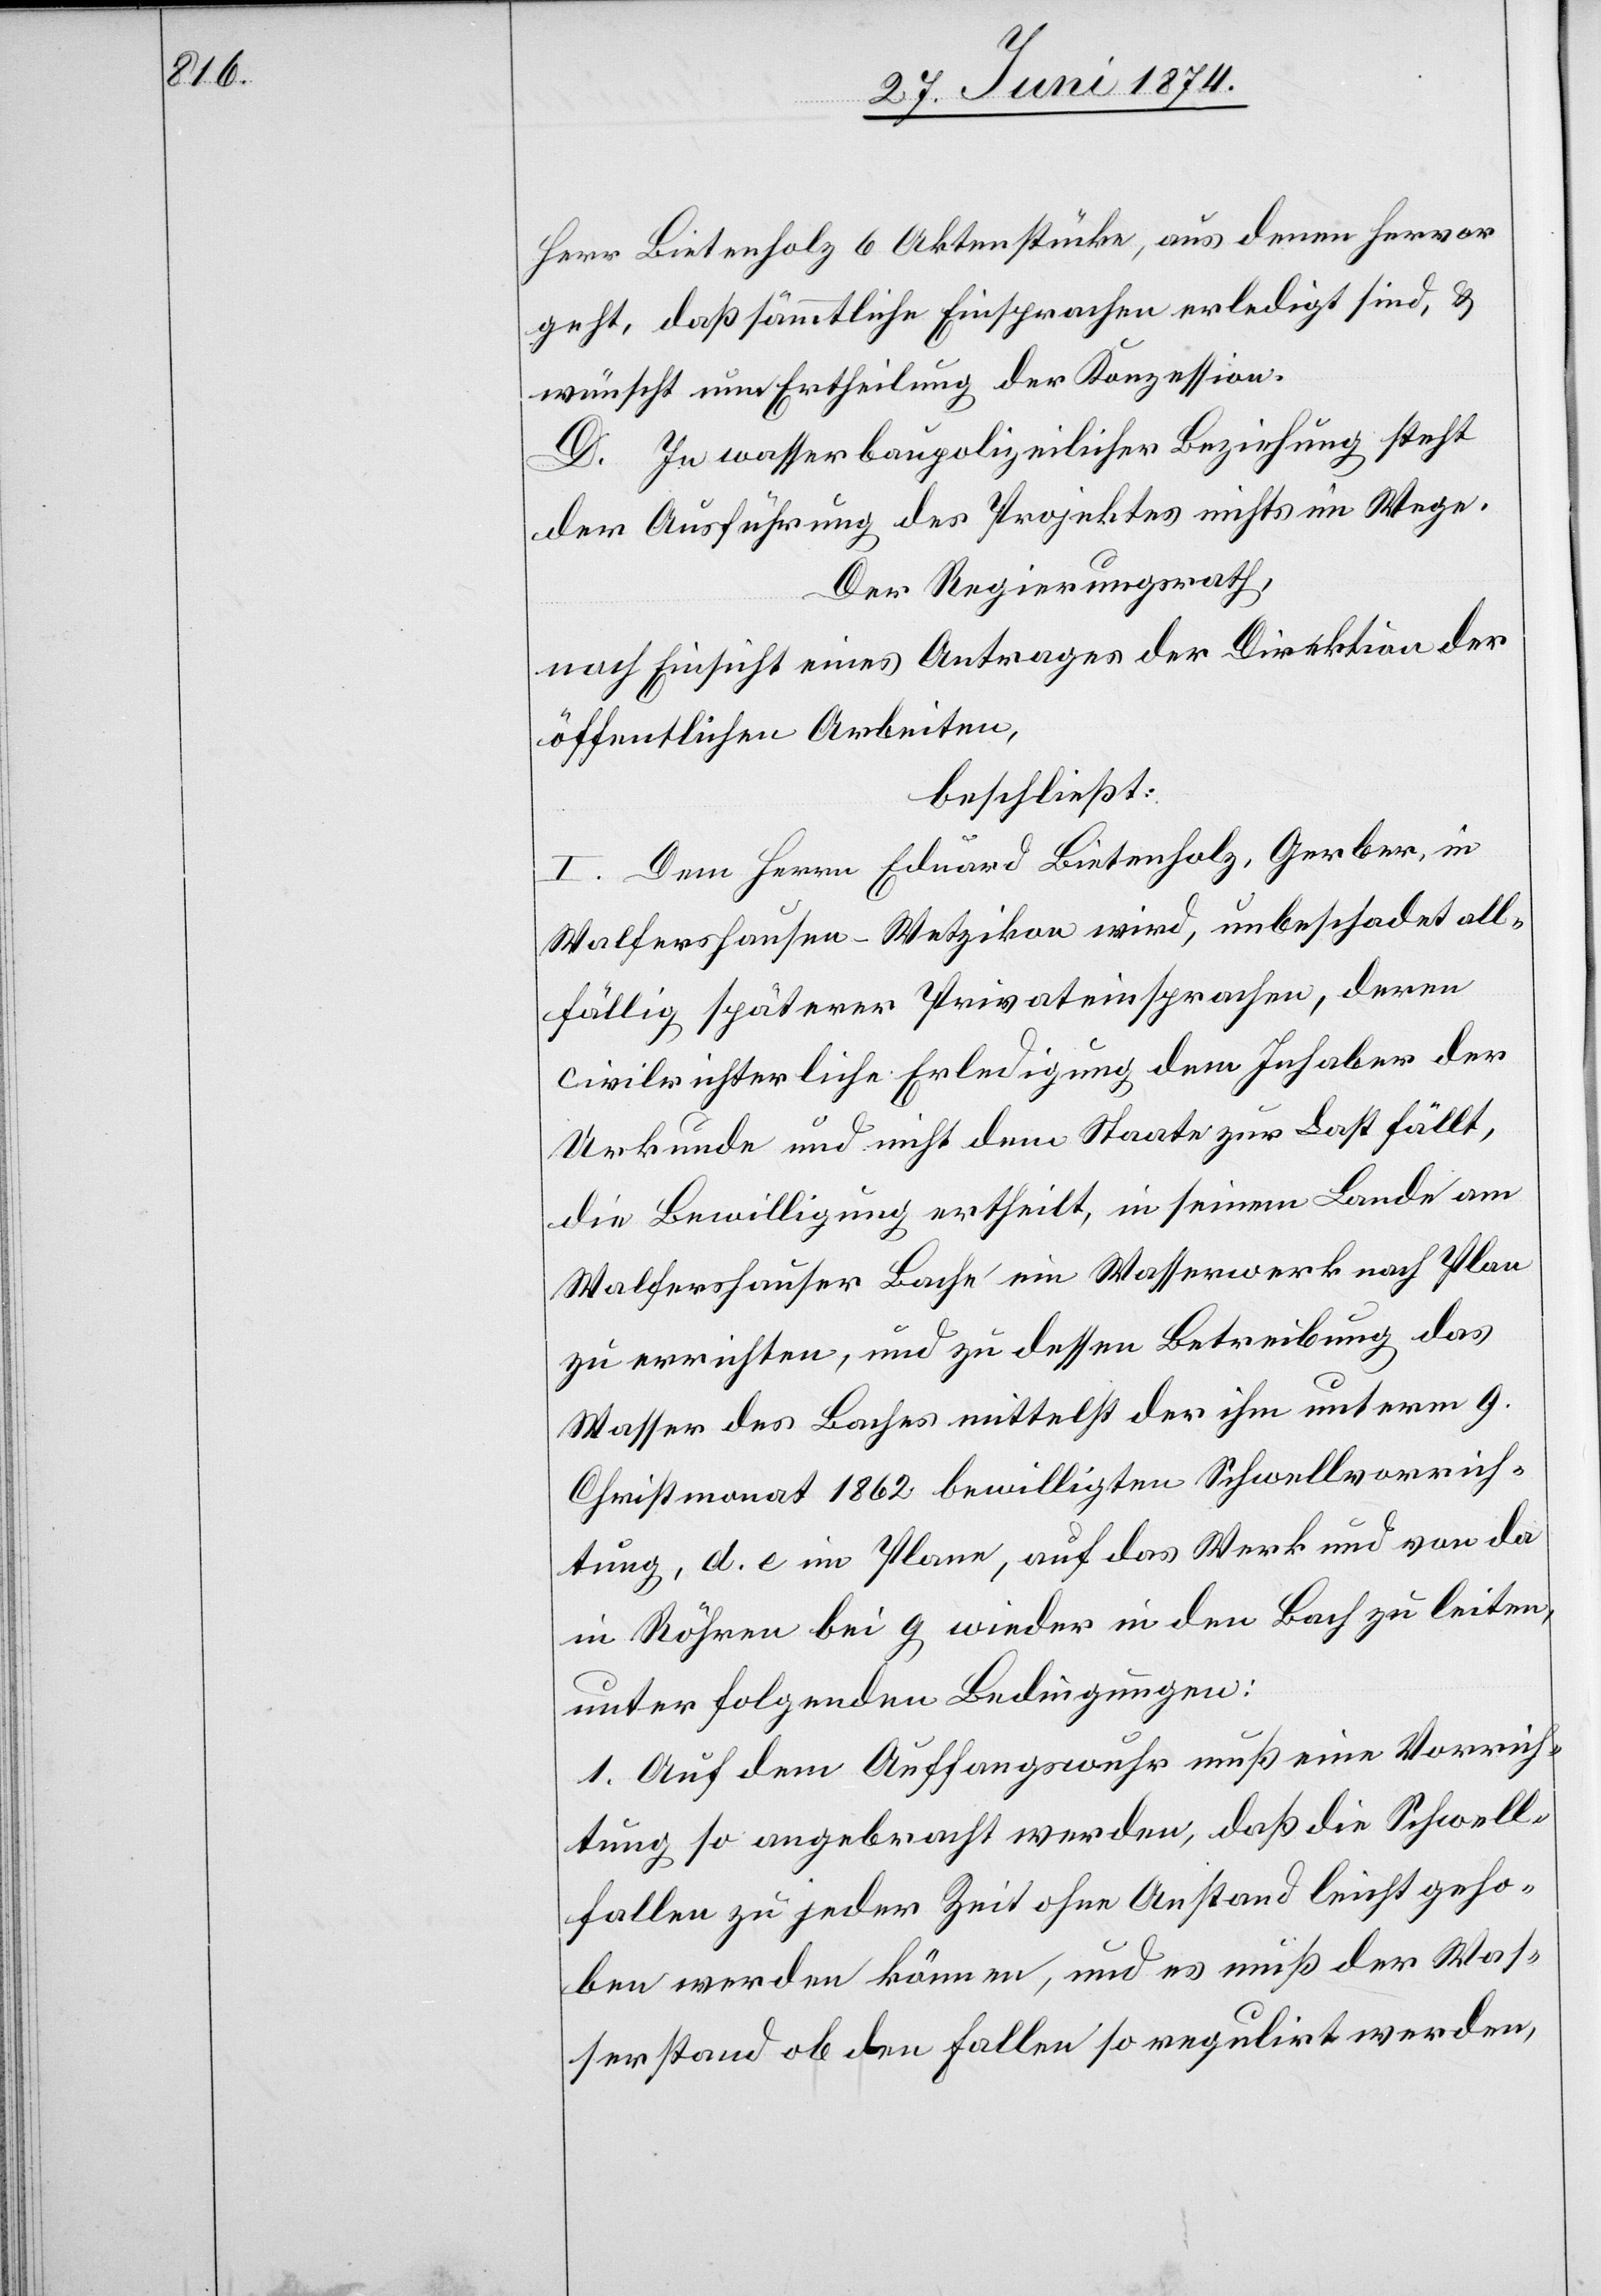
Herr Bietenholz 6 Aktenstücke, aus denen hervor
geht, daß sämmtliche Einsprachen erledigt sind, u.
wünscht nun Ertheilung der Konzession.
D. In wasserbaupolizeilicher Beziehung steht
der Ausführung des Projektes nichts im Wege.
Der Regierungsrath,
nach Einsicht eines Antrages der Direktion der
öffentlichen Arbeiten,
beschließt:
I. Dem Herrn Eduard Bietenholz, Gerber, in
Walfershausen-Wetzikon wird, unbeschadet all¬
fällig späterer Privateinsprachen, deren
civilrichterliche Erledigung dem Inhaber der
Urkunde und nicht dem Staate zur Last fällt,
die Bewilligung ertheilt, in seinem Lande am
Walfershauser Bache ein Wasserwerk nach Plan
zu errichten, und zu dessen Betreibung das
Wasser des Baches mittelst der ihm unterm 9.
Christmonat 1862 bewilligten Schwellvorrich¬
tung, d. e. im Plane, auf das Werk und von da
in Röhren bei g wieder in den Bach zu leiten,
unter folgenden Bedingungen:
1. Auf dem Auffangswuhr muß eine Vorrich¬
tung so angebracht werden, daß die Schwell¬
fallen zu jeder Zeit ohne Anstand leicht geho¬
ben werden können, und es muß der Was¬
serstand ob den Fallen so regulirt werden,